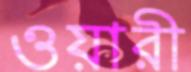
ওয়ারী